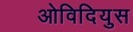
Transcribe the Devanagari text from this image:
ओविदियुस